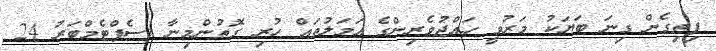
ފިތިގެން ގިނަ ބަޔަކު މަރުވީ ހައްޖުވެރިންގެ އަމަލުތައް ހުރި ގޮތުންމިނާ (ސެޕްޓެމްބަރު 24